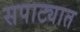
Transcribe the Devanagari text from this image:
सपाट्यात